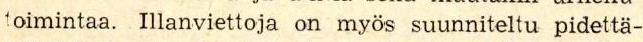
toimintaa. Illanviettoja on myös suunniteltu pidettä-